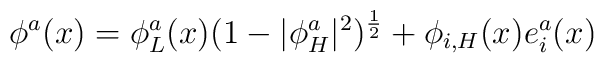
\phi^a(x)=\phi_L^a(x)(1-|\phi_H^a|^2)^{\frac{1}{2}} +\phi_{i,H}(x)e_i^a(x)